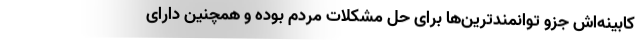
کابینه‌اش جزو توانمندترین‌ها برای حل مشکلات مردم بوده و همچنین دارای